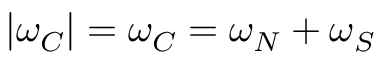
| \omega _ { C } | = \omega _ { C } = \omega _ { N } + \omega _ { S }